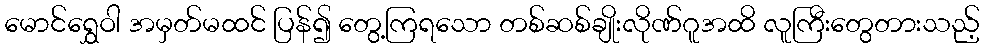
မောင်ရွှေဝါ အမှတ်မထင် ပြန်၍ တွေ့ကြရသော တစ်ဆစ်ချိုးလိုဏ်ဂူအထိ လူကြီးတွေတားသည့်